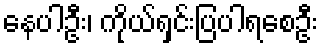
နေပါဦး၊ ကိုယ်ရှင်းပြပါရစေဦး